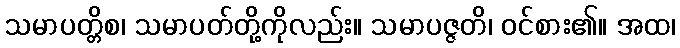
သမာပတ္တိစ၊ သမာပတ်တို့ကိုလည်း။ သမာပဇ္ဇတိ၊ ဝင်စား၏။ အထ၊